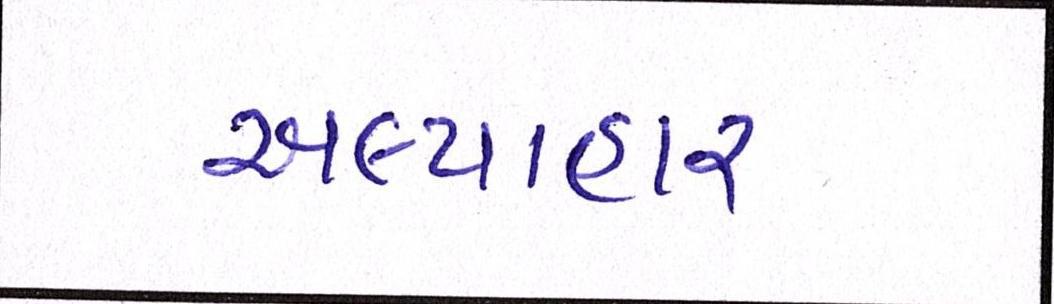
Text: અલ્પાહાર